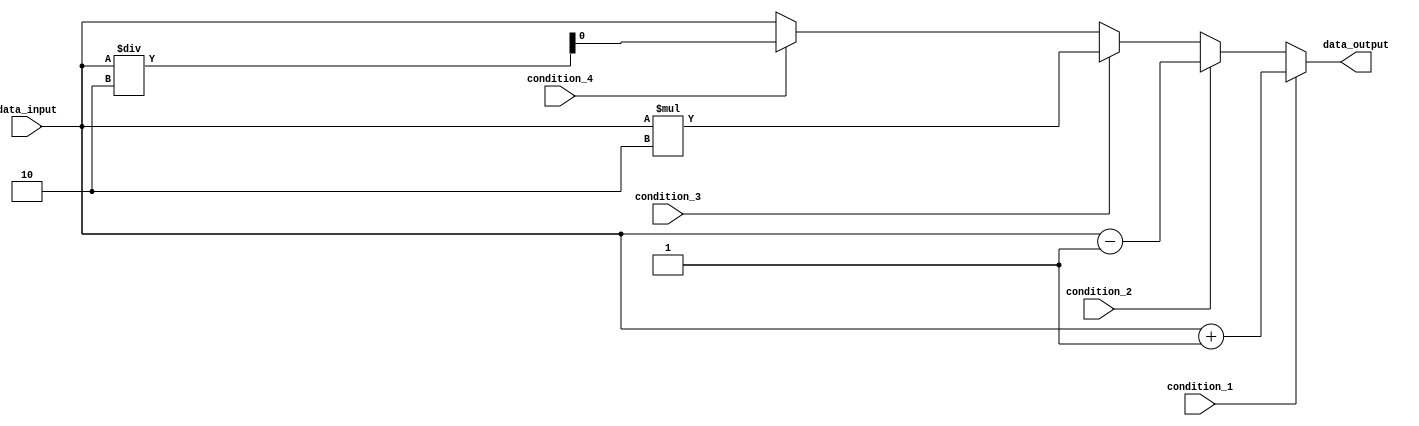
module generate_if_else (
    input wire condition_1,
    input wire condition_2,
    input wire condition_3,
    input wire condition_4,
    input wire data_input,
    output reg data_output
);

always @* begin
    if (condition_1) begin
        // Execute block of code if condition_1 is true
        data_output = data_input + 1;
    end
    else if (condition_2) begin
        // Execute block of code if condition_2 is true
        data_output = data_input - 1;
    end
    else if (condition_3) begin
        // Execute block of code if condition_3 is true
        data_output = data_input * 2;
    end
    else if (condition_4) begin
        // Execute block of code if condition_4 is true
        data_output = data_input / 2;
    end
    else begin
        // Execute default block of code if no condition is true
        data_output = data_input;
    end
end

endmodule